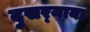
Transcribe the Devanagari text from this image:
दुसर्‍याया